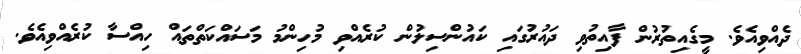
ދެއްވިއެވެ. މީގެއިތުރުން ފާއިތުވި ދައުރުގައި ކައުންސިލުން ކުރެއްވި މުހިންމު މަސައްކަތްތައް ހިއްސާ ކުރެއްވިއެވެ.